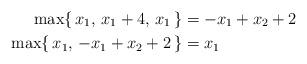
LaTeX: \begin{align*}\max\{\, x_1, \, x_1+4, \, x_1 \,\} &= -x_1+x_2+2 \\\max\{\, x_1, \, -x_1+x_2+2 \,\} &= x_1\end{align*}